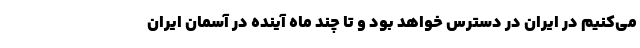
می‌کنیم در ایران در دسترس خواهد بود و تا چند ماه آینده در آسمان ایران